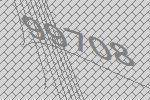
99708